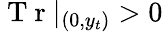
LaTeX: \mathrm{~T~r~}|_{(0,y_{t})}>0